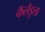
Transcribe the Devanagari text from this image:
कॅलँडुला